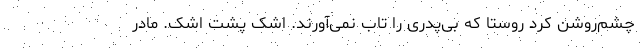
چشم‌روشن کرد روستا که بی‌پدری را تاب نمی‌آورند. اشک پشت اشک. مادر